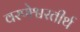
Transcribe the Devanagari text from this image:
वरणेश्वरतीर्थ